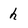
Character: h